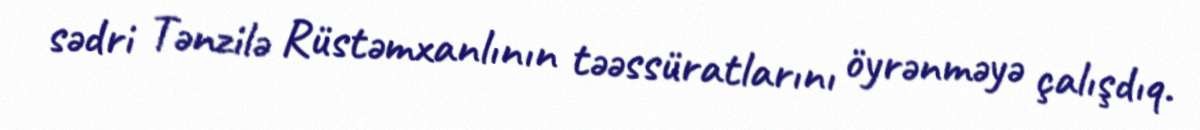
sədri Tənzilə Rüstəmxanlının təəssüratlarını öyrənməyə çalışdıq.